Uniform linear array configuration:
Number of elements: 24
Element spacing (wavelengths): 1
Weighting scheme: cosine
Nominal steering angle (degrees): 60
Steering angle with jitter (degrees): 59.667
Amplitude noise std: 0.05
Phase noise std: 0.05

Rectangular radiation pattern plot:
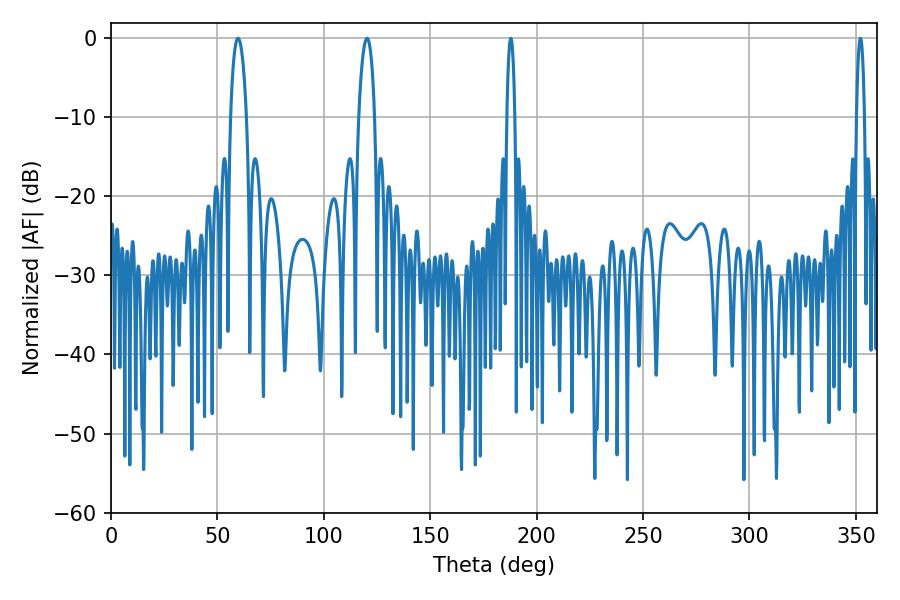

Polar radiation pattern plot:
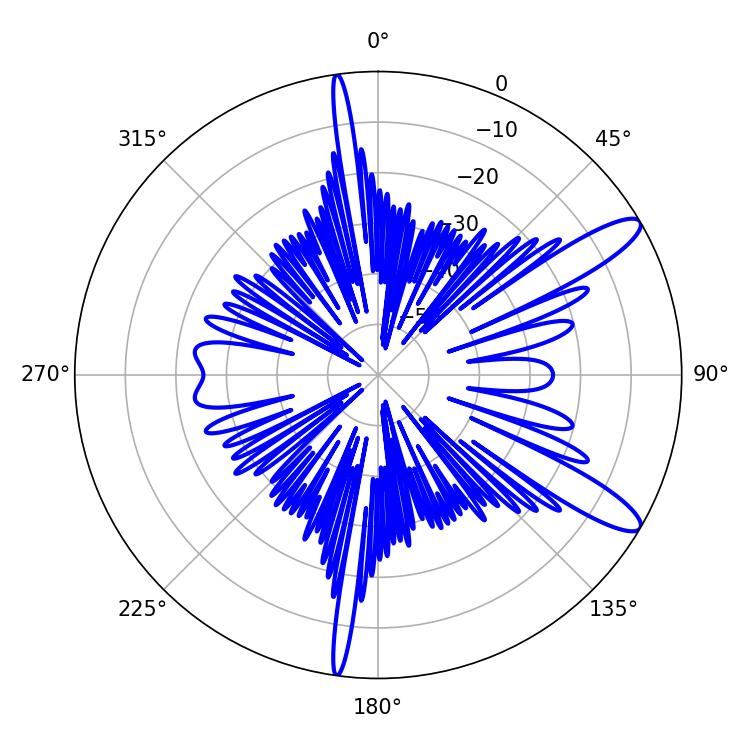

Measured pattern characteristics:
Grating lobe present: TRUE
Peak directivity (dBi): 11.883
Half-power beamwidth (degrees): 4.32
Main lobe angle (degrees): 59.76